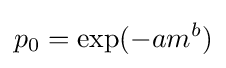
p_{0}=\exp(-am^{b})